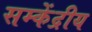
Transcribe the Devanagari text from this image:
सम्केंद्रीय